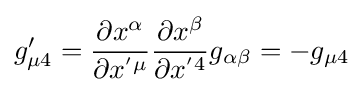
g_{\mu 4}'={\frac {\partial x^{\alpha }}{\partial x^{'\mu }}}{\frac {\partial x^{\beta }}{\partial x^{'4}}}g_{\alpha \beta }=-g_{\mu 4}